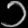
Digit: ၁